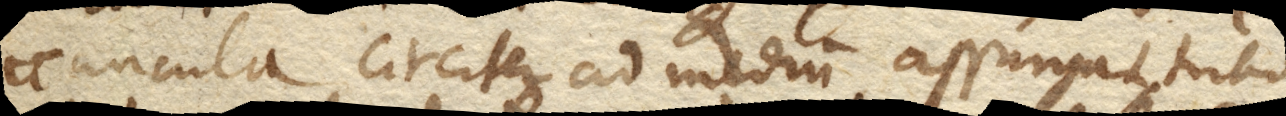
icuncula circiter ad medium assurgat, tubo